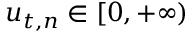
u _ { t , n } \in [ 0 , + \infty )